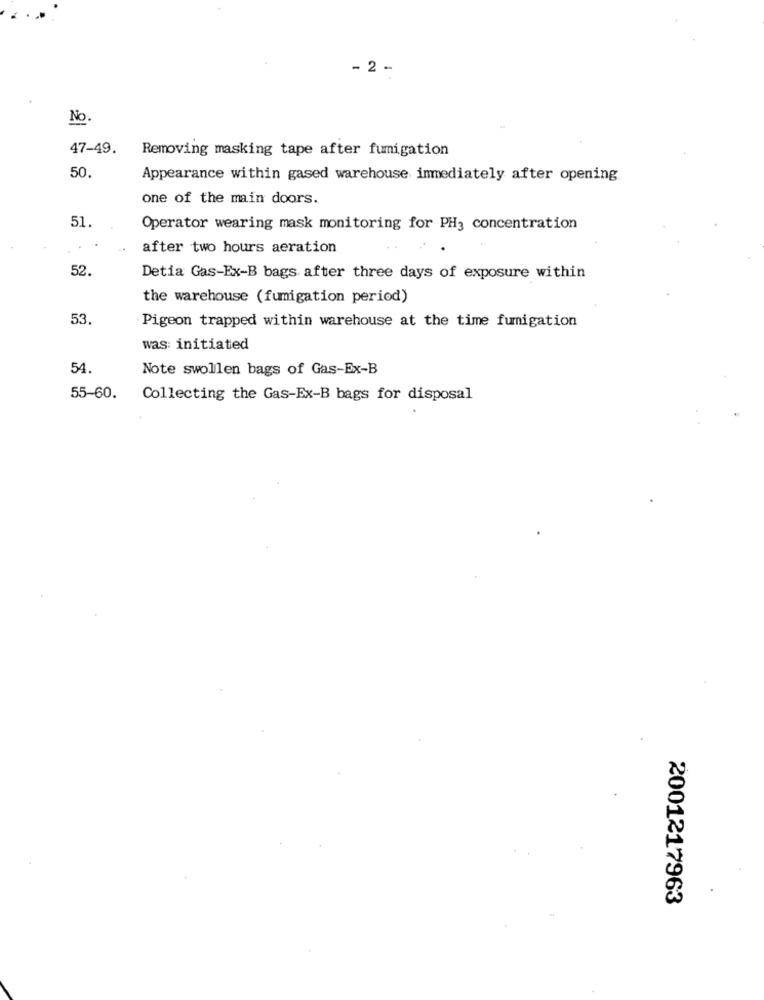
- 2 -
No
47-49.
Removing masking tape after fumigation
50.
Appearance within gased warehouse immediately after opening
one of the main doors.
51
Operator wearing mask monitoring for PH3 concentration
after two hours aeration
52.
Detia Gas-Ex-B bags after three days of exposure within
the warehouse (fumigation period)
53.
Pigeon trapped within warehouse at the time fumigation
was: initiated
54.
Note swollen bags of Gas-Ex-B
55-60.
Collecting the Gas-Ex-B bags for disposal
2001217963